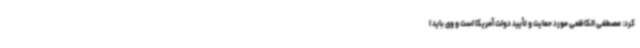
کرد: مصطفی الکاظمی مورد حمایت و تأیید دولت آمریکا است و وی باید ا